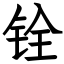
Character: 铨